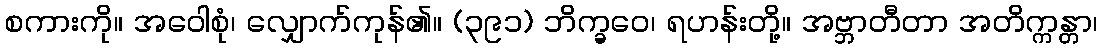
စကားကို။ အဝေါစုံ၊ လျှောက်ကုန်၏။ (၃၉၁) ဘိက္ခဝေ၊ ရဟန်းတို့။ အဗ္ဘာတီတာ အတိက္ကန္တာ၊